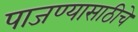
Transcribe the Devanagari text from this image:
पाजण्यासाठीचे